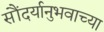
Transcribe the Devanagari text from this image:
सौंदर्यानुभवाच्या